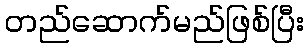
တည်ဆောက်မည်ဖြစ်ပြီး